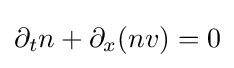
\partial _{t}n+\partial _{x}(nv)=0